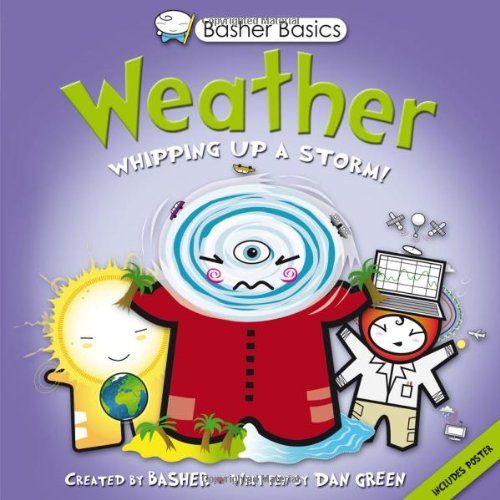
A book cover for Basher Basics: Weather: Whipping up a storm!; Simon Basher; Science & Math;